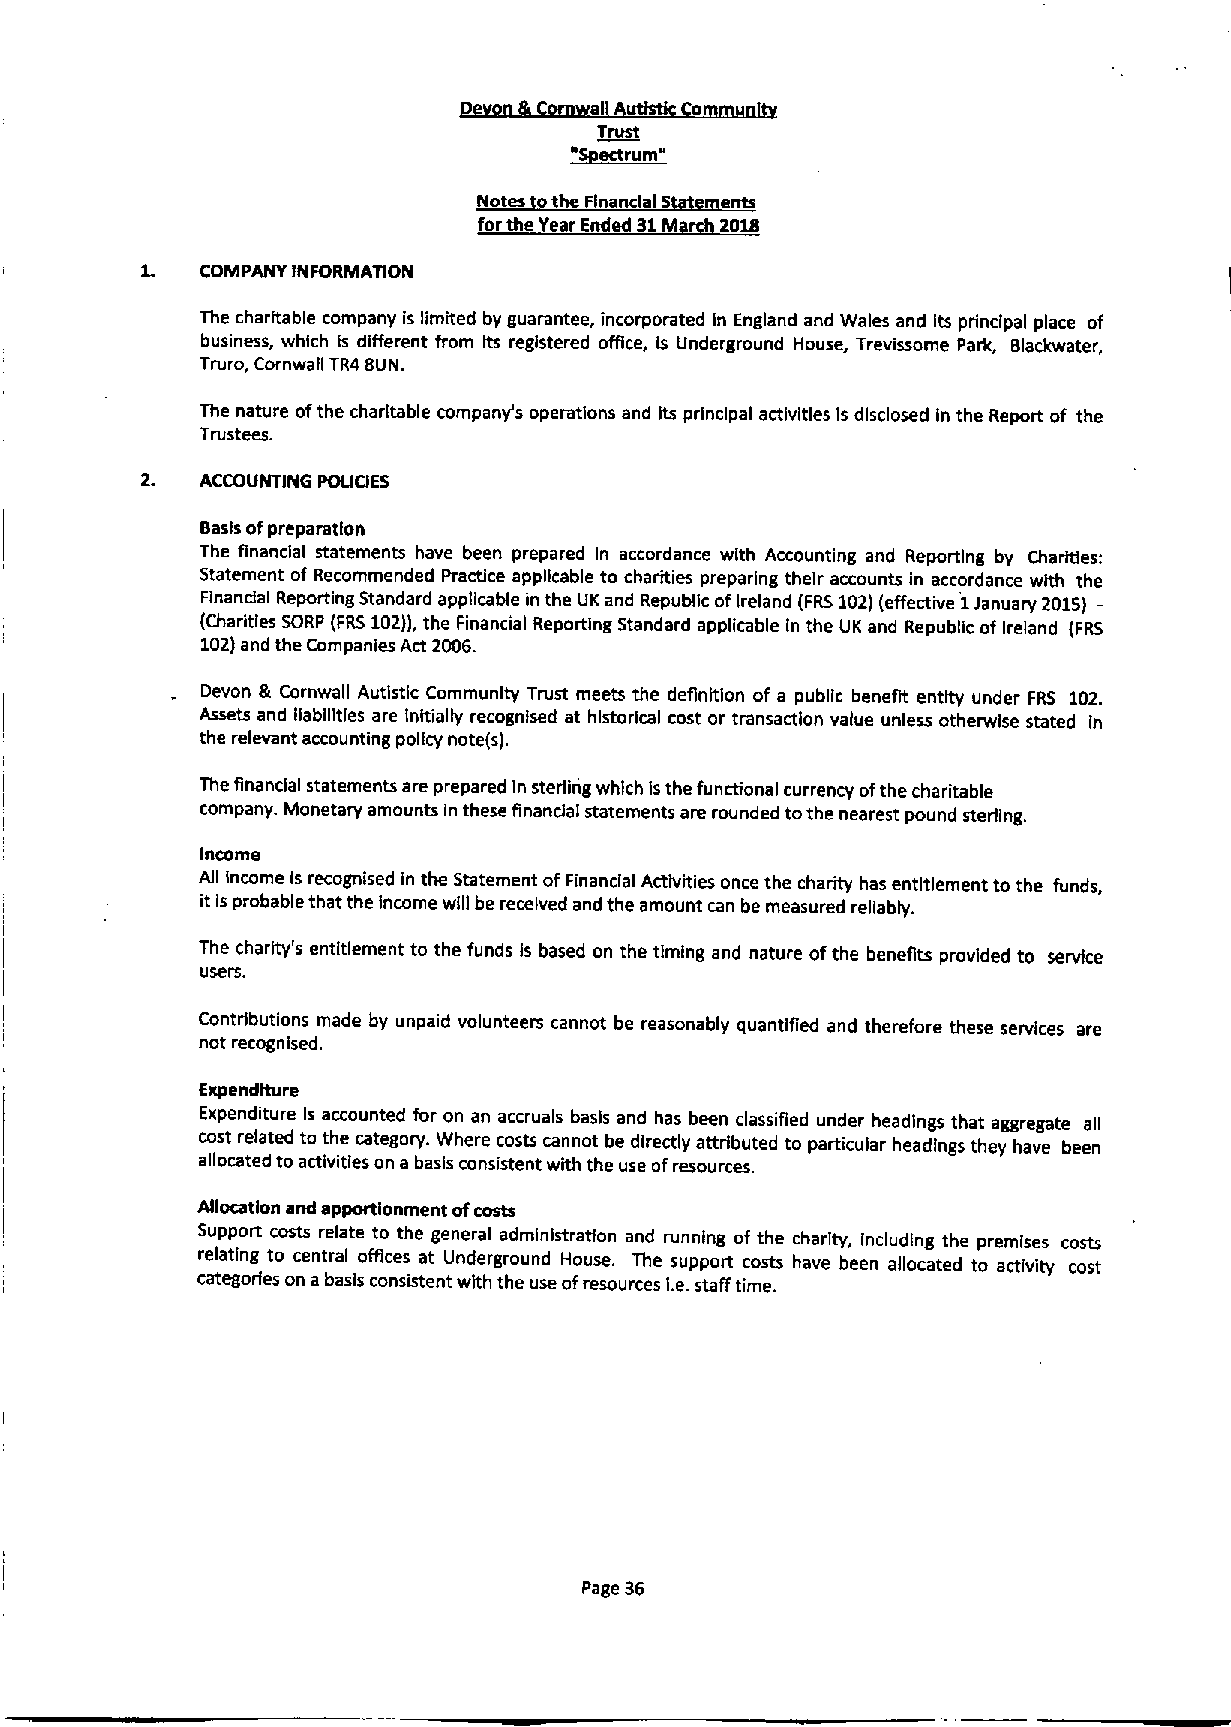
Trust
 Notes othe Financial 5 ents
 forthe Year Ended 31M 201$
 1.
 COMPANY INFORMATION
 The charitable company is limited by guarantee, incorporated in England and Wales and Its principal place of
 business, which is different from Its registered offic, is Underground House, Trevissorne Park, Blackwater,
 Truro, Comwall TR4SUN.
 The nature ofthe charitable company's operations and its principal activities is disclosed in the Report of the
 Trus'tees.
 2.  ACCOUNTING POEICIES
 Basis ofpreparation
 The financial statements have been prepared In accordance with Accounting and Reporting by Charities:
 Statement of Recommended Practice applicable to charities preparing their accounts in accordance with the
 Finandal Reporting Standard applicable in the UKand Republic ofIreland (FRS102)(effective 1January 2016)—
 (Charities SORP (FRS102)),the Financial Reporting Standard applicable In the UK and Republic of Ireland (FRS
 102)and the Companies Act 2006.
 Devon & Cornwall Autistic Community Trust meets the definition of a public benefit entity under FRS 102.
 Assets and llabgltles are Initially recognised at historical cost or transaction value unless otherwise stated in
 the relevant accounting policy note(s).
 The financia statements are prepared in sterling which Isthe functional currency ofthe charitable
 company. Monetary amounts In these finandal statements are rounded tothe nearest pound sterfing.
 Income
 All Income Is recognised in the Statement ofFinancial Activities once the charity has entitlement to the funds,
 it is probable that the Income will be received and the amount can be measured reliably.
 The charity's entitlement to the funds Is based on the timing and nature ofthe benefits provided to service
 users.
 Contributions made by unpaid volunteers cannot be reasonably quantlfied and therefore these services are
 not recognised.
 Expenditure
 Expenditure Is accounted for on an accruals basis and has been classified under headings that aggregate all
 cost related to the category. Where costs cannot be directly attributed to particular headings they have been
 allocated to activities on a basis consistent with the use ofresources.
 Afiocatlon and apportionment ofcosts
 Support costs relate to the general administration and running of the charity, Including the premises costs
 relating to central offices at Underground House. The support costs have been allocated to activity cost
 categories on abasis consistent with the use ofresources I.e.staff time.
 Page 36